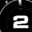
Digit: 2